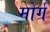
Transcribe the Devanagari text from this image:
मोर्ग